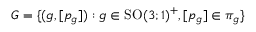
G = \{ ( g , [ p _ { g } ] ) : g \in \mathrm { S O } ( 3 ; 1 ) ^ { + } , [ p _ { g } ] \in \pi _ { g } \}